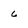
Character: 6